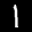
Label: 1